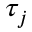
\tau _ { j }